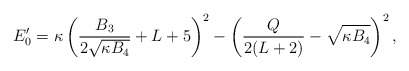
\begin{align*} E'_0 = \kappa \left(\frac{B_3}{2\sqrt{\kappa B_4}} + L +5\right)^2 - \left(\frac{Q}{2(L+2)} - \sqrt{\kappa B_4}\right)^2,\end{align*}